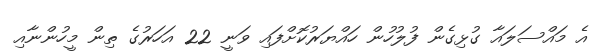
އެ މައްސަލައާ ގުޅިގެން ފުލުހުން ހައްޔަރުކޮށްފައި ވަނީ 22 އަހަރުގެ ތިން މީހުންނާއި